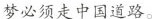
梦必须走中国道路。